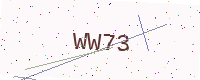
Text: WW73